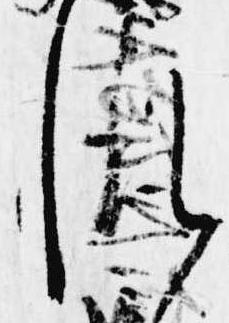
れ